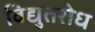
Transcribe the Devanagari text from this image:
विद्युतरोध